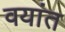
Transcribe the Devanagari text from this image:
वयांत